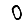
Digit: 0